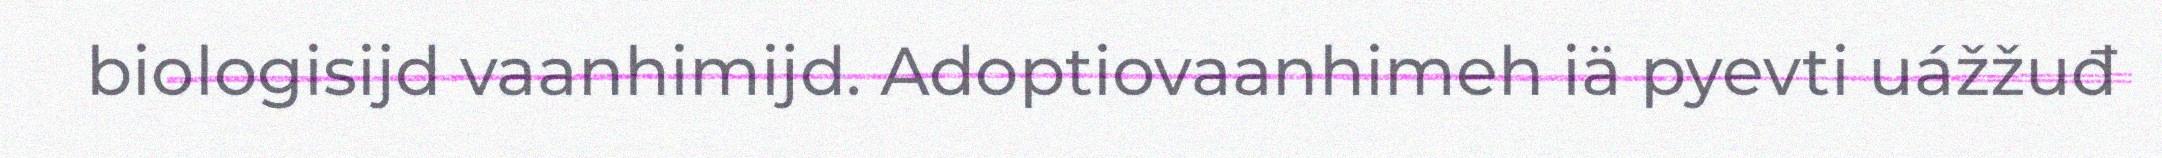
biologisijd vaanhimijd. Adoptiovaanhimeh iä pyevti uážžuđ